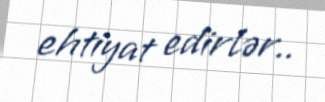
ehtiyat edirlər..